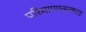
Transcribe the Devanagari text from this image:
परिमाणात्मकता